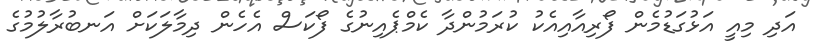
އަދި މިއީ އަޅުގަޑުމެން ފޯރިއާއިއެކު ކުރަމުންދާ ކެމްޕެއިނުގެ ފޯކަސް އެހެން ދިމާލަކަށް އަނބުރާލުމުގެ